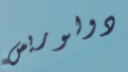
دولوريس